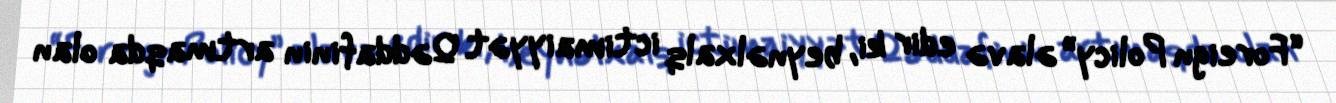
“Foreign Policy” əlavə edir ki, beynəlxalq ictimaiyyət Qəddafinin artmaqda olan